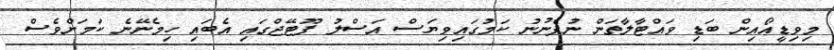
މިވިޑީއޯއިން ބަޑި ވައްޓާލާތަން ނުފެނުނު ކަމުގައިވިޔަސް އަސްލު ފޫޓޭޖްގައި އެބައި ހިމެނޭނެ ކަމަށްވެސް